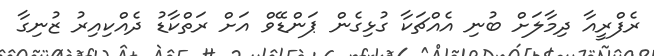
ރެފްރީއާ ދިމާލަށް ބުނި އެއްޗަކާ ގުޅިގެން ޕަންޑޭވް އަށް ރަތްކާޑު ދެއްކިއިރު ޒުނިގާ